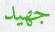
جھيد